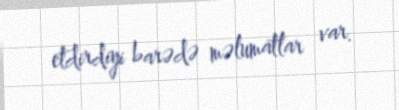
etdirdiyi barədə məlumatlar var.